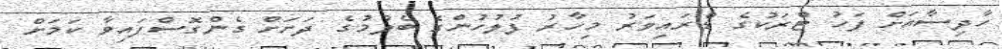
ހާދިސާއަށް ފަހު ޓްރަކުގެ ޑްރައިވަރު މިހާރު ފުލުހުންގެ ބެލުމުގެ ދަށަށް ގެންގޮސްފައިވާ ކަމަށް